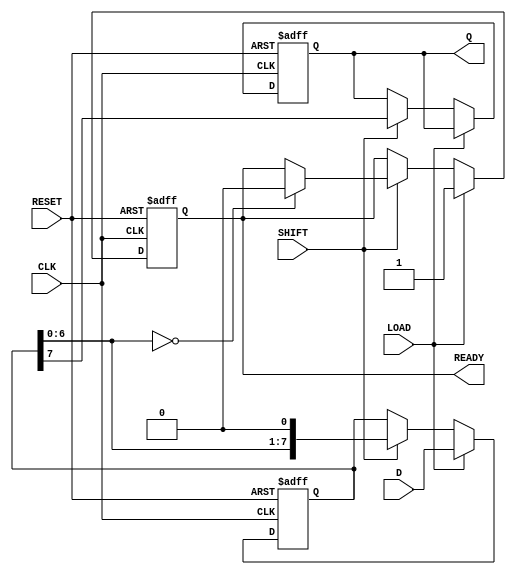
module PISO_Register #(
    parameter WIDTH = 8  // Parameter to define the width of the data
)(
    input wire [WIDTH-1:0] D,      // Parallel data inputs
    input wire LOAD,                // Load control signal
    input wire CLK,                 // Clock signal
    input wire SHIFT,               // Shift control signal
    input wire RESET,               // Asynchronous reset signal
    output reg Q,                   // Serial output
    output reg READY                // Data ready signal
);

    reg [WIDTH-1:0] shift_reg;      // Shift register to hold the data

    always @(posedge CLK or posedge RESET) begin
        if (RESET) begin
            shift_reg <= {WIDTH{1'b0}}; // Clear the shift register
            Q <= 1'b0;                 // Clear the serial output
            READY <= 1'b0;             // Clear the data ready signal
        end else begin
            if (LOAD) begin
                shift_reg <= D;         // Load the parallel data into the shift register
                READY <= 1'b1;          // Assert data ready signal
            end else if (SHIFT) begin
                Q <= shift_reg[WIDTH-1]; // Shift out the MSB
                shift_reg <= {shift_reg[WIDTH-2:0], 1'b0}; // Shift left
                if (shift_reg[WIDTH-2:0] == {WIDTH-1{1'b0}}) begin
                    READY <= 1'b0;       // Deactivate ready signal after shifting out all data
                end
            end
        end
    end

endmodule